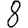
Digit: 8